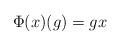
LaTeX: \begin{align*} \Phi(x)(g)=gx \end{align*}